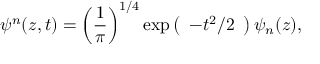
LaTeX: \psi ^ { n } ( z , t ) = \left( { \frac { 1 } { \pi } } \right) ^ { 1 / 4 } \exp \left( \begin{array} { l } { { - t ^ { 2 } / 2 } } \end{array} \right) \psi _ { n } ( z ) ,